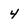
Character: 4